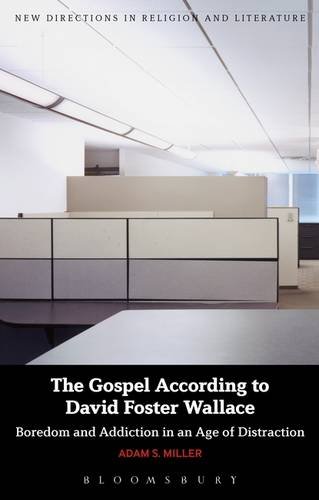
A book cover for The Gospel According to David Foster Wallace: Boredom and Addiction in an Age of Distraction (New Directions in Religion & Literature); Adam S. Miller; Literature & Fiction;